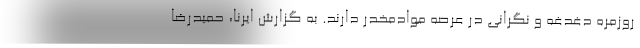
روزمره دغدغه و نگرانی در عرصه موادمخدر دارند. به گزارش ایرنا، حمیدرضا